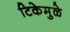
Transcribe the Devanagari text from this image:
टिकेमुळे